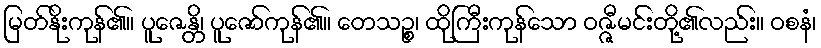
မြတ်နိုးကုန်၏။ ပူဇေန္တိ၊ ပူဇော်ကုန်၏။ တေသဉ္စ၊ ထိုကြီးကုန်သော ဝဇ္ဇီမင်းတို့၏လည်း။ ဝစနံ၊